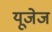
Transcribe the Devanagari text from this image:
यूजेज